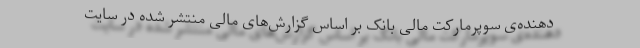
دهنده‌ی سوپرمارکت مالی بانک بر اساس گزارش‌های مالی منتشر شده در سایت